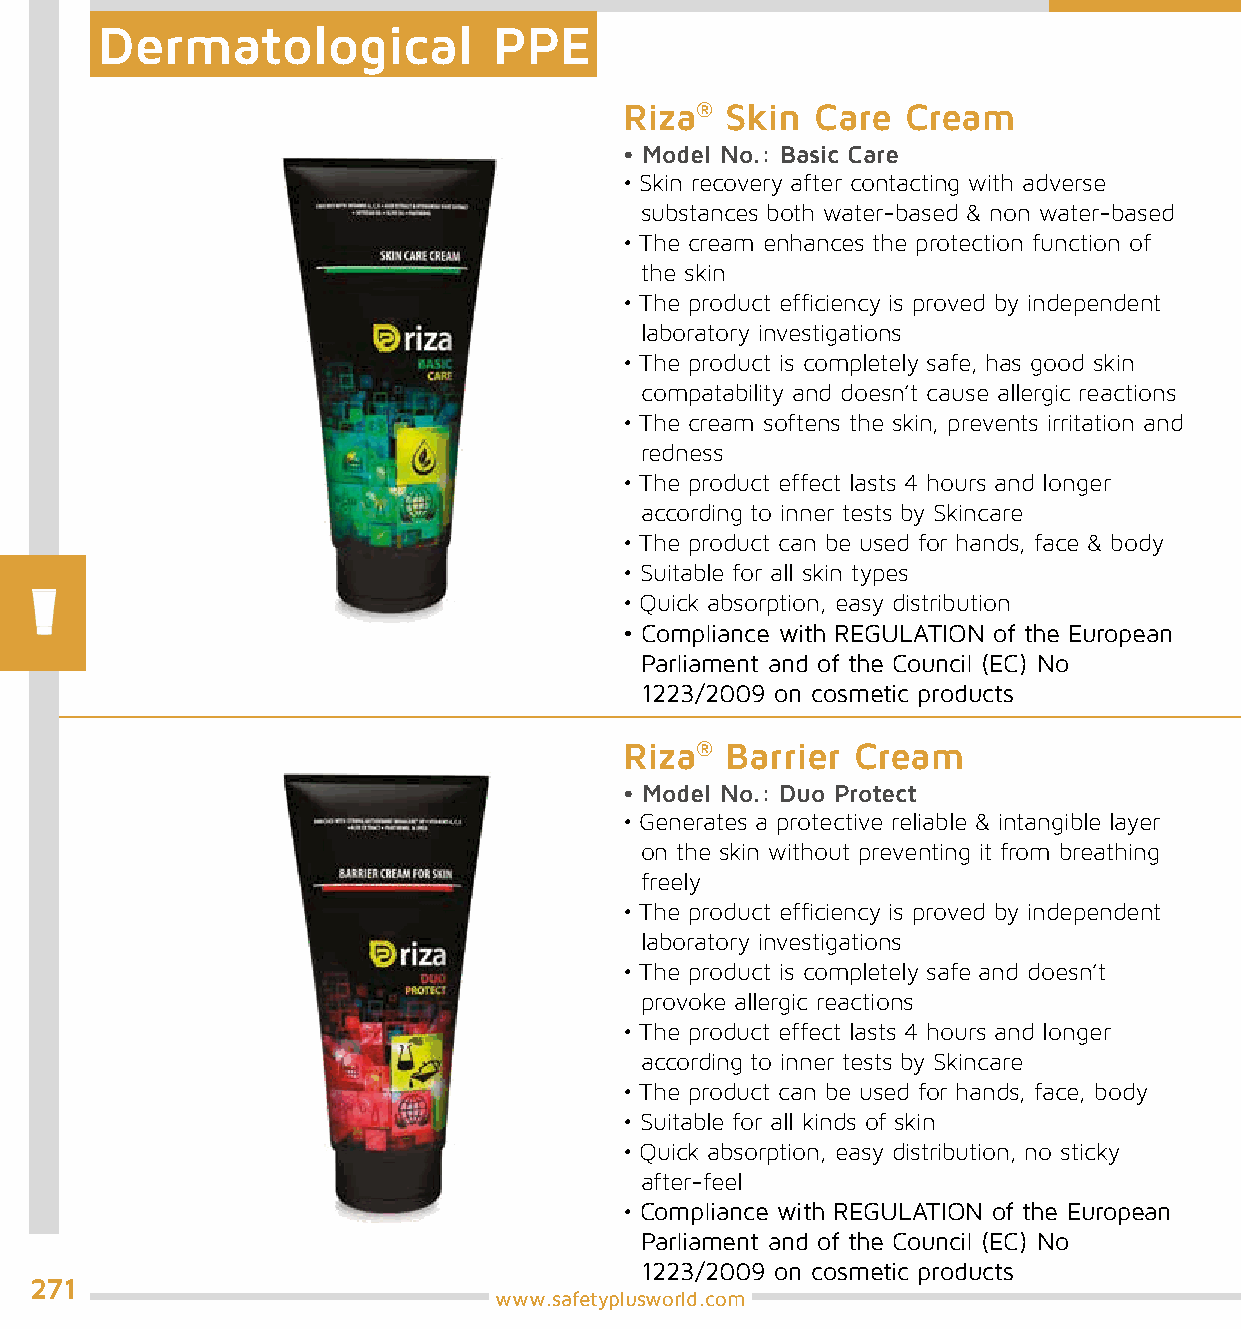
Dermatological             PPE
 Riza®  Skin  Care  Cream
 • Model No.: Basic Care
 • Skin recovery after contacting with adverse
 substances both water-based & non water-based
 • The cream enhances the protection function of
 the skin
 • The product efficiency is proved by independent
 laboratory investigations
 • The product is completely safe, has good skin
 compatability and doesn’t cause allergic reactions
 • The cream softens the skin, prevents irritation and
 redness
 • The product effect lasts 4 hours and longer
 according to inner tests by Skincare
 • The product can be used for hands, face & body
 • Suitable for all skin types
 • Quick absorption, easy distribution
 • Compliance with REGULATION of the European
 Parliament and of the Council (EC) No
 1223/2009 on cosmetic products
 Riza®  Barrier Cream
 • Model No.: Duo Protect
 • Generates a protective reliable & intangible layer
 on the skin without preventing it from breathing
 freely
 • The product efficiency is proved by independent
 laboratory investigations
 • The product is completely safe and doesn’t
 provoke allergic reactions
 • The product effect lasts 4 hours and longer
 according to inner tests by Skincare
 • The product can be used for hands, face, body
 • Suitable for all kinds of skin
 • Quick absorption, easy distribution, no sticky
 after-feel
 • Compliance with REGULATION of the European
 Parliament and of the Council (EC) No
 1223/2009 on cosmetic products
 271
 www.safetyplusworld.com